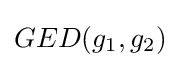
GED(g_{1},g_{2})